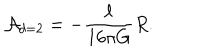
{ \cal A } _ { d = 2 } = - \frac { \ell } { 1 6 \pi G } R .